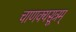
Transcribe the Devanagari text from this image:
चाणक्यसूत्रम्